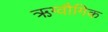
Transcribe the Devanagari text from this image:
ऋग्वौगिक